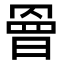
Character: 𭧀